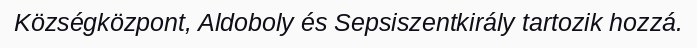
Községközpont, Aldoboly és Sepsiszentkirály tartozik hozzá.